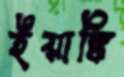
ইয়াঙ্কি